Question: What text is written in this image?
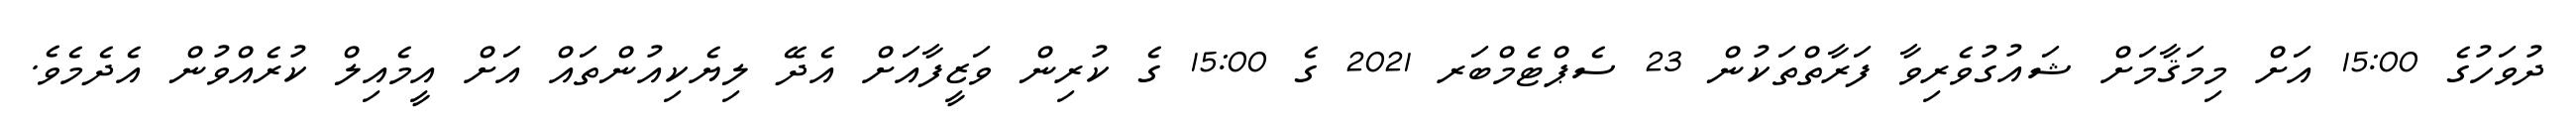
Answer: ދުވަހުގެ 15:00 އަށް މިމަޤާމަށް ޝައުގުވެރިވާ ފަރާތްތަކުން 23 ސެޕްޓެމްބަރ 2021 ގެ 15:00 ގެ ކުރިން ވަޒީފާއަށް އެދޭ ލިޔެކިއުންތައް އަށް އީމެއިލް ކުރެއްވުން އެދެމެވެ.